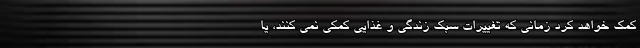
کمک خواهد کرد زمانی که تغییرات سبک زندگی و غذایی کمکی نمی کنند، یا